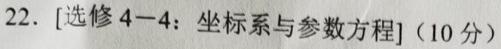
22. [选修 4-4：坐标系与参数方程]（10 分）